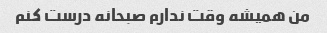
من همیشه وقت ندارم صبحانه درست کنم